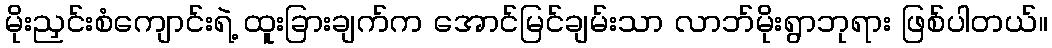
မိုးညှင်းစံကျောင်းရဲ့ ထူးခြားချက်က အောင်မြင်ချမ်းသာ လာဘ်မိုးရွာဘုရား ဖြစ်ပါတယ်။